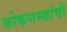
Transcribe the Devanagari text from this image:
कोकणस्थांची